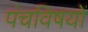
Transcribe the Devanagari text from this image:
पंचविषयों